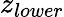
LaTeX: z_{lower}